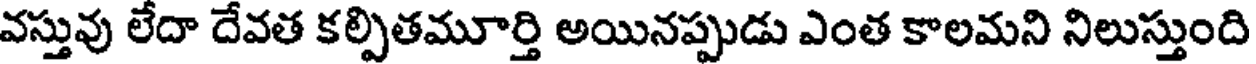
వస్తువు లేదా దేవత కల్పితమూర్తి అయినప్పుడు ఎంత కాలమని నిలుస్తుంది